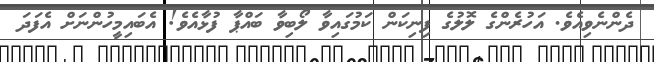
ދެންނެވިއެވެ. އަހުރެންގެ ލޮލުގެ ފިނިކަން ކަމުގައިވާ ލޯބިވާ ބައްޕާ ފުޅާއެވެ! އެބައިމީހުންނަށް އެފަދަ